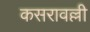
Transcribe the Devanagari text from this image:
कसरावल्ली